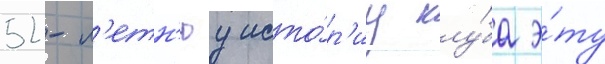
52-л'етн'юу исто́р'иу клу́ба э́ту